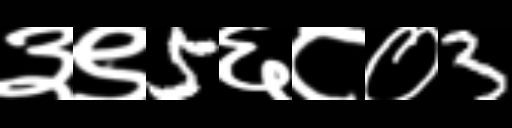
Text: ३९5६८०3